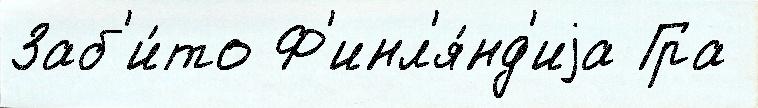
Заб'и́то Ф'инл'я́нд'иjа Гра